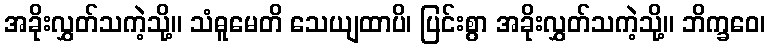
အခိုးလွှတ်သကဲ့သို့။ သံဓူမေတိ သေယျထာပိ၊ ပြင်းစွာ အခိုးလွှတ်သကဲ့သို့။ ဘိက္ခဝေ၊